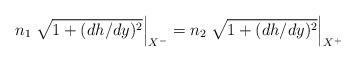
LaTeX: \begin{align*}n_{1}\left. \sqrt{1+ (dh/dy)^{2}} \right|_{X^{-}} = n_{2}\left. \sqrt{1+ (dh/dy)^{2}} \right|_{X^{+}}\end{align*}